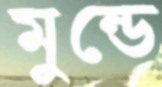
মুন্ডে